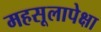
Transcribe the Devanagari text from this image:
महसूलापेक्षा